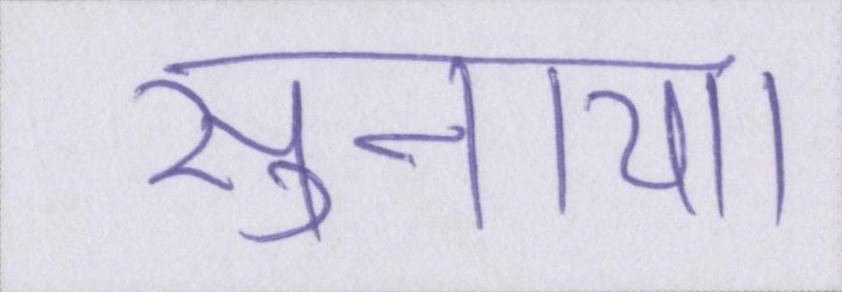
सुनाया।